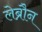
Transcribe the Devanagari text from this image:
लेब्रौन